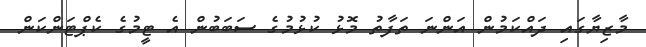
މާޒިޔާގައި ދައްކަމުން އަންނަ ތަފާތު މޮޅު ކުޅުމުގެ ސަބަބުން އެ ޓީމުގެ ކެޕްޓަންކަން